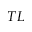
T L